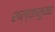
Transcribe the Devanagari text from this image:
शल्कनुमा